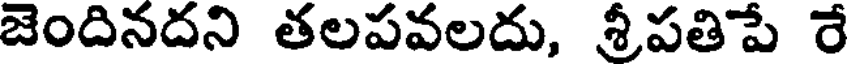
జెందినదని తలపవలదు, శ్రీపతిపే రే